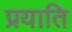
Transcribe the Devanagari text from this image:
प्रयाति